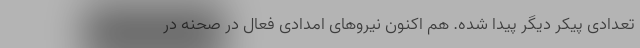
تعدادی پیکر دیگر پیدا شده. هم اکنون نیروهای امدادی فعال در صحنه در